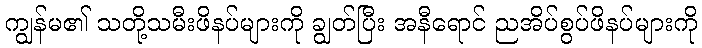
ကျွန်မ၏ သတို့သမီးဖိနပ်များကို ချွတ်ပြီး အနီရောင် ညအိပ်စွပ်ဖိနပ်များကို